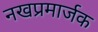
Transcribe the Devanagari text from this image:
नखप्रमार्जक